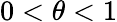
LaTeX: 0<\theta<1